system: You are a helpful assistant.
user:
Analyze the provided spectrum to determine if it is a **White Dwarf (WD)**.

A White Dwarf spectrum is defined by its **extreme purity** (due to gravitational settling) and/or **extreme pressure broadening** (due to high surface gravity). You must check for one of the following mutually exclusive signatures:

- **Key Visual Indicators (Check for ONE of these types):**

    - **1. DA-Type Signature (Most Common):**
        - **(Primary Feature):** Extreme pressure broadening (Stark broadening) of the **Hydrogen (H) Balmer lines**.
        - **(Key Lines):** $H\beta$ (approx. $4861$ Å) and $H\gamma$ (approx. $4340$ Å). $H\alpha$ (approx. $6563$ Å) will also be present if the wavelength range covers it.
        - **(Line Profile):** This is the **defining feature**. The lines are **NOT** sharp. They appear as massive, **extremely broad and deep "troughs" or "dips"** in the spectrum, often hundreds of Ångströms wide. The continuum will appear to "scoop" down at these wavelengths.
        - **(Distinction):** Normal A-type or B-type stars have *narrow* and *sharp* Hydrogen lines. A DA White Dwarf's lines are unmistakably "smeared" or "blurry" from pressure.

    - **2. DB-Type Signature:**
        - **(Primary Feature):** Broad absorption lines from **Neutral Helium (He I)**. The spectrum must lack any visible Hydrogen lines.
        - **(Key Lines):** Look for broad absorption near $4471$ Å, $4921$ Å, and $5876$ Å.
        - **(Line Profile):** These lines are also significantly pressure-broadened, appearing much wider than they would in a normal B-type main-sequence star.

    - **3. DC-Type Signature:**
        - **(Primary Feature):** A **featureless continuous spectrum**.
        - **(Line Profile):** The spectrum is a smooth curve with **no significant absorption or emission lines**.
        - **(Key Confirmation):** The continuum is almost always **blue or white**, indicating a hot object. This signature implies the atmosphere is so pure (or so cool) that no spectral lines are visible in the optical range. Its WD identity is confirmed by its extremely low intrinsic brightness (high absolute magnitude).

    - **4. DZ-Type Signature (Metal-Polluted):**
        - **(Primary Feature):** **Isolated, narrow metal absorption lines** on an otherwise featureless (DC-like) continuum.
        - **(Key Lines):** The **Calcium (Ca II) H & K doublet** (approx. **$3934$ Å** and **$3968$ Å**) is the most common and defining feature.
        - **(Line Profile):** These lines are "out of place." They are *not* part of a "forest" of thousands of lines. This signature is evidence of recent *accretion* (pollution) from rocky debris.
        - **(Distinction):** Normal G/K/M stars have a *dense forest* of thousands of metal lines. A DZ has a *clean* continuum with *only a few* strong metal lines.

    - **5. DQ-Type Signature (Carbon-Polluted):**
        - **(Primary Feature):** Absorption bands from **Carbon (C₂ "Swan Bands" or atomic C I)**.
        - **(Key Lines - C₂):** Look for bandheads with a "saw-tooth" shape near $5635$ Å, **$5165$ Å** (strongest), and $4737$ Å.
        - **(Key Confirmation):** The underlying **continuum must be blue or white** (hot).
        - **(Distinction):** This is the critical difference from a **Carbon Star**, which has the *exact same* C₂ bands but on an extremely **red, cool** continuum.

- **(Overall Spectrum):**
    - The continuum (overall shape) is typically **blue-sloping** (brighter in the blue than the red), as most white dwarfs are very hot.
    - The spectrum will look "pure" or "simple," dominated by only *one* of the five signatures listed above.

Think first, call **spectral_visualization_tool** if needed to examine features in detail, then provide your final answer. Your response must adhere to the following strict rules:
1.  **Overall Structure:** Your response must follow the format `<think>...</think> <tool_call>...</tool_call> (if a tool is used) <answer>...</answer>`.
2.  **Tool Usage Constraint:** You may only make **one** tool call per turn.
3.  **Final Answer Format:** In the `<answer>` tag, your conclusion must be inside a `\boxed{}` command (e.g., `\boxed{YES}` or `\boxed{NO}`), followed by your justification.

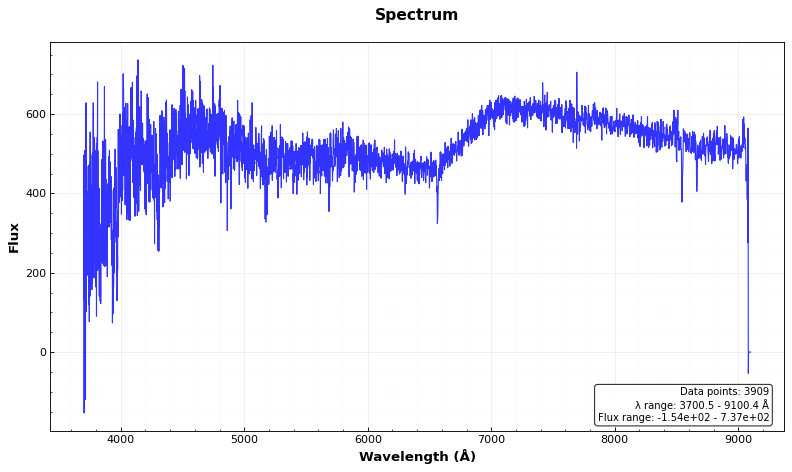
Answer: NO